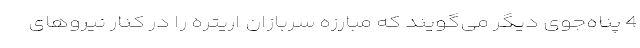
4 پناه‌جوی دیگر می‌گویند که مبارزه سربازان اریتره را در کنار نیروهای